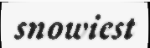
snowiest